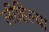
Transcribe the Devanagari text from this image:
लीहिल्या